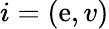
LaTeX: i=(\mathrm{e},v)